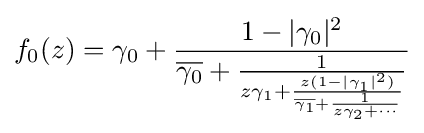
f_{0}(z)=\gamma _{0}+{\frac {1-|\gamma _{0}|^{2}}{{\overline {\gamma _{0}}}+{\frac {1}{z\gamma _{1}+{\frac {z(1-|\gamma _{1}|^{2})}{{\overline {\gamma _{1}}}+{\frac {1}{z\gamma _{2}+\cdots }}}}}}}}